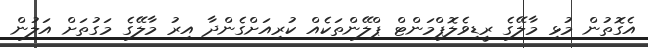
އެގޮތުން މުޅި މާލޭގެ ރީޑިވެލޮޕްމަންޓް ޕްލޭންތަކެއް ކުރިއަށްގެންދާ އިރު މާލޭގެ މަގުތަށް އަލުން